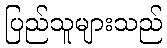
ပြည်သူများသည်